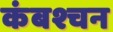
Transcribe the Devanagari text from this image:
कंबश्चन